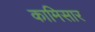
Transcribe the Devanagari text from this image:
कामिसार